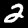
Digit: 2